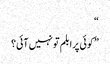
“
” کوئی پرابلم تو نہیں آئی؟